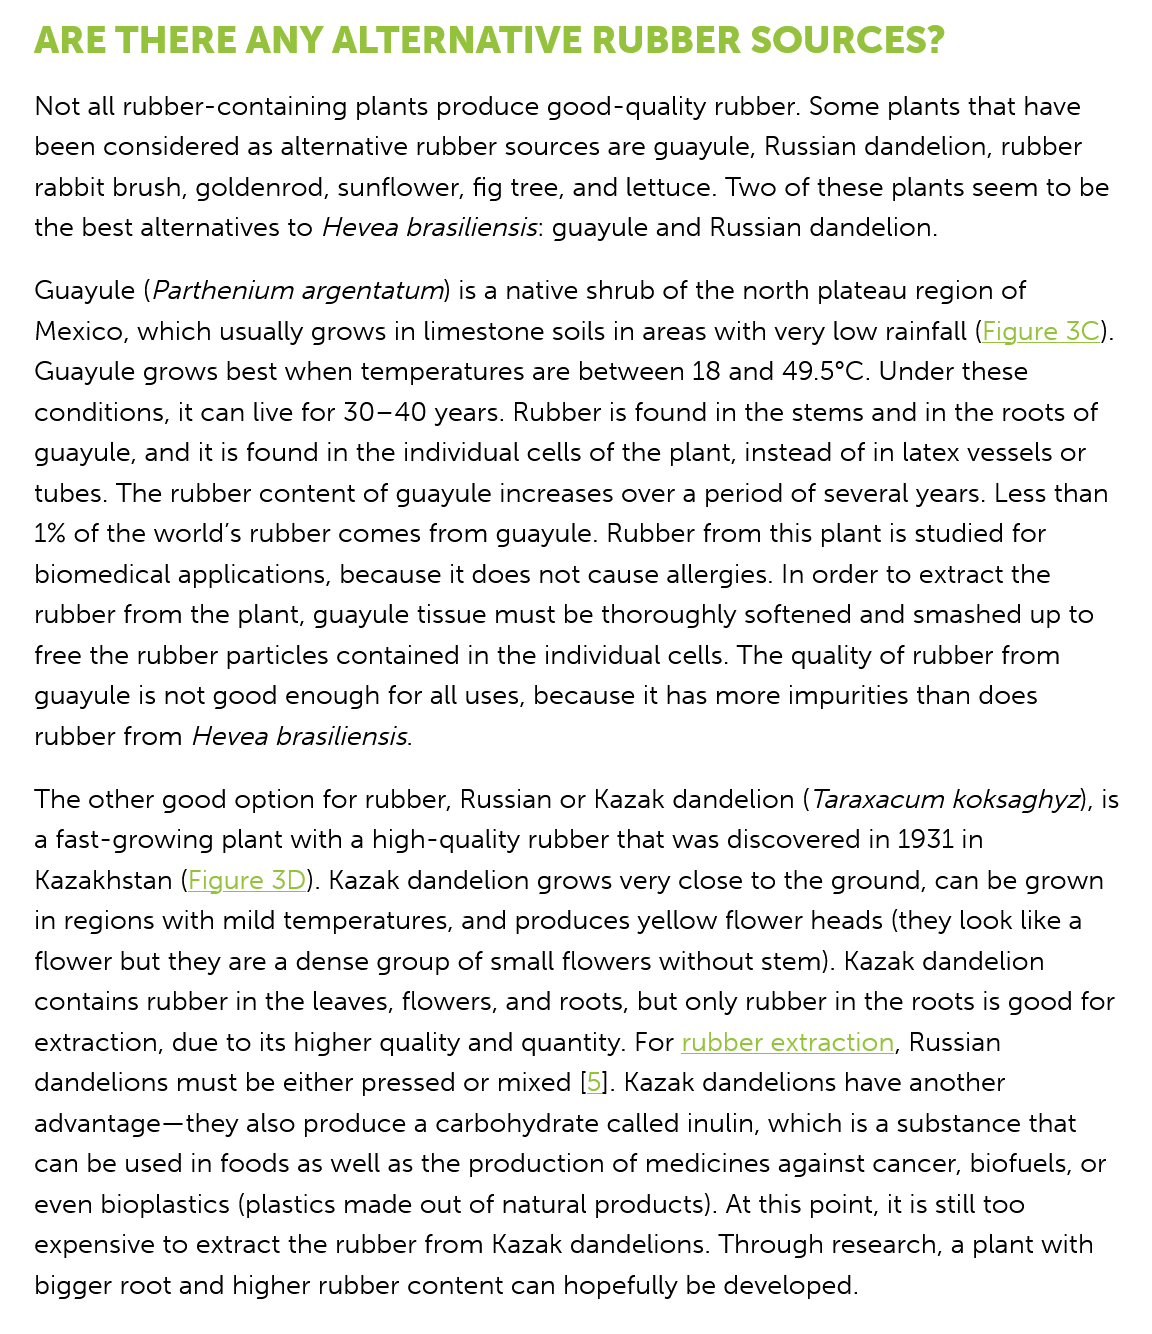
ARE   THERE    ANY    ALTERNATIVE    RUBBER    SOURCES?
   Not all rubber-containing plants produce good-quality rubber. Some plants that have
   been considered as alternative rubber sources are guayule, Russian dandelion, rubber
   rabbit brush, goldenrod, sunflower, fig tree, and lettuce. Two of these plants seem to be
   the best alternatives to Hevea brasiliensis: guayule and Russian dandelion.
   Guayule (Parthenium argentatum) is a native shrub of the north plateau region of
   Mexico, which usually grows in limestone soils in areas with very low rainfall (Figure 3C)
   Guayule grows best when temperatures are between 18 and 49.5°C. Under these
   conditions, it can live for 30-40 years. Rubber is found in the stems and in the roots of
   guayule, and it is found in the individual cells of the plant, instead of in latex vessels or
   tubes. The rubber content of guayule increases over a period of several years. Less than
   1% of the world’s rubber comes from guayule. Rubber from this plant is studied for
   biomedical applications, because it does not cause allergies. In order to extract the
   rubber from the plant, guayule tissue must be thoroughly softened and smashed up to
   free the rubber particles contained in the individual cells. The quality of rubber from
   guayule is not good enough for all uses, because it has more impurities than does
   rubber from Hevea brasiliensis.
   The other good option for rubber, Russian or Kazak dandelion (Taraxacum koksaghyz), is
   a fast-growing plant with a high-quality rubber that was discovered in 1931 in
   Kazakhstan (Figure 3D). Kazak dandelion grows very close to the ground, can be grown

   in regions with mild temperatures, and produces yellow flower heads (they look like a
   flower but they are a dense group of small flowers without stem). Kazak dandelion
   contains rubber in the leaves, flowers, and roots, but only rubber in the roots is good for
   extraction, due to its higher quality and quantity. For rubber extraction, Russian
   dandelions must be either pressed or mixed [5]. Kazak dandelions have another
   advantage—they also produce a carbohydrate called inulin, which is a substance that
   can be used in foods as well as the production of medicines against cancer, biofuels, or
   even bioplastics (plastics made out of natural products). At this point, it is still too
   expensive to extract the rubber from Kazak dandelions. Through research, a plant with
   bigger root and higher rubber content can hopefully be developed.